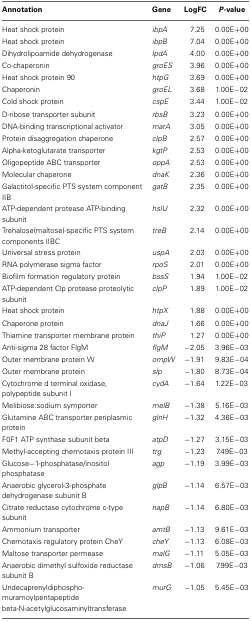
<table><thead><tr><td><b>Annotation</b></td><td><b>Gene</b></td><td><b>LogFC</b></td><td><b><i>P</i>-value</b></td></tr></thead><tbody><tr><td>Heat shock protein</td><td><i>ibpA</i></td><td>7.25</td><td>0.00E+00</td></tr><tr><td>Heat shock protein</td><td><i>ibpB</i></td><td>7.04</td><td>0.00E+00</td></tr><tr><td>Dihydrolipoamide dehydrogenase</td><td><i>lpdA</i></td><td>4.00</td><td>0.00E+00</td></tr><tr><td>Co-chaperonin</td><td><i>groES</i></td><td>3.96</td><td>0.00E+00</td></tr><tr><td>Heat shock protein 90</td><td><i>htpG</i></td><td>3.69</td><td>0.00E+00</td></tr><tr><td>Chaperonin</td><td><i>groEL</i></td><td>3.68</td><td>1.00E−02</td></tr><tr><td>Cold shock protein</td><td><i>cspE</i></td><td>3.44</td><td>1.00E−02</td></tr><tr><td>D-ribose transporter subunit</td><td><i>rbsB</i></td><td>3.23</td><td>0.00E+00</td></tr><tr><td>DNA-binding transcriptional activator</td><td><i>marA</i></td><td>3.05</td><td>0.00E+00</td></tr><tr><td>Protein disaggregation chaperone</td><td><i>clpB</i></td><td>2.57</td><td>0.00E+00</td></tr><tr><td>Alpha-ketoglutarate transporter</td><td><i>kgtP</i></td><td>2.53</td><td>0.00E+00</td></tr><tr><td>Oligopeptide ABC transporter</td><td><i>oppA</i></td><td>2.53</td><td>0.00E+00</td></tr><tr><td>Molecular chaperone</td><td><i>dnaK</i></td><td>2.36</td><td>0.00E+00</td></tr><tr><td>Galactitol-specific PTS system component IIB</td><td><i>gatB</i></td><td>2.35</td><td>0.00E+00</td></tr><tr><td>ATP-dependent protease ATP-binding subunit</td><td><i>hslU</i></td><td>2.32</td><td>0.00E+00</td></tr><tr><td>Trehalose(maltose)-specific PTS system components IIBC</td><td><i>treB</i></td><td>2.14</td><td>0.00E+00</td></tr><tr><td>Universal stress protein</td><td><i>uspA</i></td><td>2.03</td><td>0.00E+00</td></tr><tr><td>RNA polymerase sigma factor</td><td><i>rpoS</i></td><td>2.01</td><td>0.00E+00</td></tr><tr><td>Biofilm formation regulatory protein</td><td><i>bssS</i></td><td>1.94</td><td>1.00E−02</td></tr><tr><td>ATP-dependent Clp protease proteolytic subunit</td><td><i>clpP</i></td><td>1.89</td><td>1.00E−02</td></tr><tr><td>Heat shock protein</td><td><i>htpX</i></td><td>1.88</td><td>0.00E+00</td></tr><tr><td>Chaperone protein</td><td><i>dnaJ</i></td><td>1.66</td><td>0.00E+00</td></tr><tr><td>Thiamine transporter membrane protein</td><td><i>thiP</i></td><td>1.27</td><td>0.00E+00</td></tr><tr><td>Anti-sigma 28 factor FlgM</td><td><i>flgM</i></td><td>−2.05</td><td>3.96E−03</td></tr><tr><td>Outer membrane protein W</td><td><i>ompW</i></td><td>−1.91</td><td>9.83E−04</td></tr><tr><td>Outer membrane protein</td><td><i>slp</i></td><td>−1.80</td><td>8.73E−04</td></tr><tr><td>Cytochrome d terminal oxidase, polypeptide subunit I</td><td><i>cydA</i></td><td>−1.64</td><td>1.22E−03</td></tr><tr><td>Melibiose:sodium symporter</td><td><i>melB</i></td><td>−1.38</td><td>5.16E−03</td></tr><tr><td>Glutamine ABC transporter periplasmic protein</td><td><i>glnH</i></td><td>−1.32</td><td>4.36E−03</td></tr><tr><td>F0F1 ATP synthase subunit beta</td><td><i>atpD</i></td><td>−1.27</td><td>3.15E−03</td></tr><tr><td>Methyl-accepting chemotaxis protein III</td><td><i>trg</i></td><td>−1.23</td><td>7.49E−03</td></tr><tr><td>Glucose−1-phosphatase/inositol phosphatase</td><td><i>agp</i></td><td>−1.19</td><td>3.99E−03</td></tr><tr><td>Anaerobic glycerol-3-phosphate dehydrogenase subunit B</td><td><i>glpB</i></td><td>−1.14</td><td>6.57E−03</td></tr><tr><td>Citrate reductase cytochrome c-type subunit</td><td><i>napB</i></td><td>−1.14</td><td>6.80E−03</td></tr><tr><td>Ammonium transporter</td><td><i>amtB</i></td><td>−1.13</td><td>9.61E−03</td></tr><tr><td>Chemotaxis regulatory protein CheY</td><td><i>cheY</i></td><td>−1.13</td><td>6.08E−03</td></tr><tr><td>Maltose transporter permease</td><td><i>malG</i></td><td>−1.11</td><td>5.05E−03</td></tr><tr><td>Anaerobic dimethyl sulfoxide reductase subunit B</td><td><i>dmsB</i></td><td>−1.06</td><td>7.99E−03</td></tr><tr><td>Undecaprenyldiphospho-muramoylpentapeptide beta-N-acetylglucosaminyltransferase</td><td><i>murG</i></td><td>−1.05</td><td>5.45E−03</td></tr></tbody></table>